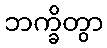
ဘက္ခိတွာ